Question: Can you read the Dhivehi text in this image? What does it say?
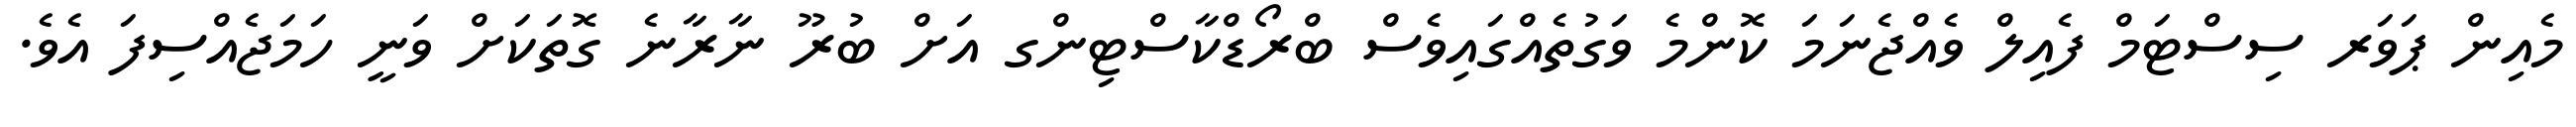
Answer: މެއިން ޕަވަރ ސިސްޓަމް ފެއިލް ވެއްޖެނަމަ ކޮންމެ ވަގުތެއްގައިވެސް ބްރޯޑްކާސްޓިންގ އަށް ބުރޫ ނާރާނެ ގޮތަކަށް ވަނީ ހަމަޖެއްސިފަ އެވެ.